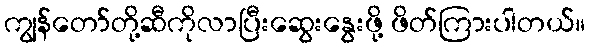
ကျွန်တော်တို့ဆီကိုလာပြီးဆွေးနွေးဖို့ ဖိတ်ကြားပါတယ်။